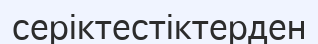
серіктестіктерден